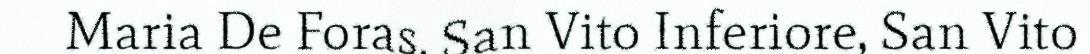
Maria De Foras, San Vito Inferiore, San Vito